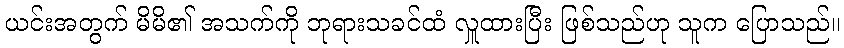
ယင်းအတွက် မိမိ၏ အသက်ကို ဘုရားသခင်ထံ လှူထားပြီး ဖြစ်သည်ဟု သူက ပြောသည်။